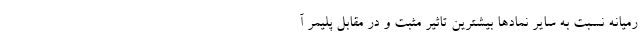
رمیانه نسبت به سایر نماد‌ها بیشترین تاثیر مثبت و در مقابل پلیمر آ